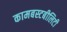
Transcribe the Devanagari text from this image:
कामबस्टबीलिटी